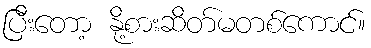
ပြီးတော့ နို့စားဆိတ်မတစ်ကောင်။